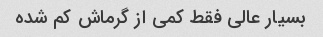
بسیار عالی فقط کمی از گرماش کم شده